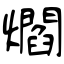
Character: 爓